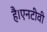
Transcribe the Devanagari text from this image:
है।एनटीवी